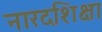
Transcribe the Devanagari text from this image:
नारदशिक्षा